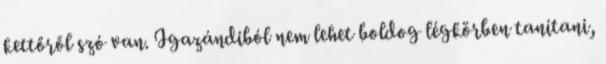
kettőről szó van. Igazándiból nem lehet boldog légkörben tanítani,